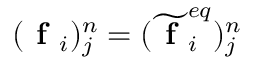
( \textbf { f } _ { i } ) _ { j } ^ { n } = ( \widetilde { \textbf { f } } _ { i } ^ { e q } ) _ { j } ^ { n }